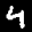
Digit: 4